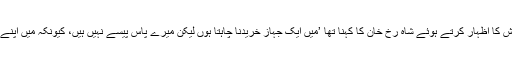
میڈیا کے مطابق ایسی ہی ایک خواہش کا اظہار کرتے ہوئے شاہ رخ خان کا کہنا تھا ’میں ایک جہاز خریدنا چاہتا ہوں لیکن میرے پاس پیسے نہیں ہیں، کیونکہ میں اپنے سارے پیسے فلموں پر لگا دیتا ہوں۔